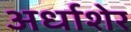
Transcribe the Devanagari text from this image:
अर्धाशेर